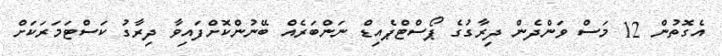
އެގޮތުން 12 މަސް ވަންދެން ދިރާގުގެ ޕޯސްޓްޕެއިޑް ނަންބަރެއް ބޭނުންކޮށްފައިވާ ދިރާގު ކަސްޓަމަރަކަށް